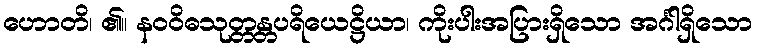
ဟောတိ၊ ၏။ နဝဝိဓသုတ္တန္တပရိယေဋ္ဌိယာ၊ ကိုးပါးအပြားရှိသော အင်္ဂါရှိသော